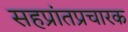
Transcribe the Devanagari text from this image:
सहप्रांतप्रचारक